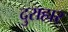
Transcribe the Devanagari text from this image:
दुराहार